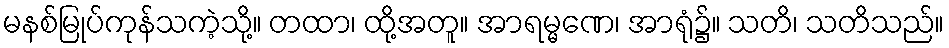
မနစ်မြုပ်ကုန်သကဲ့သို့။ တထာ၊ ထို့အတူ။ အာရမ္မဏေ၊ အာရုံ၌။ သတိ၊ သတိသည်။